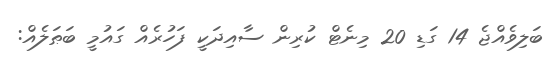
ބަލިވެއްޖެ 14 ގަޑި 20 މިނެޓް ކުރިން ސާއިދަކީ ފަހުރެއް ގައުމީ ބަޠަލެއް: